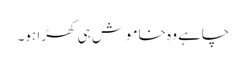
چاہے وہ خاموش ہی کھڑا ہو۔